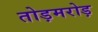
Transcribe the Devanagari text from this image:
तोड़मरोड़